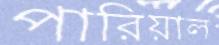
পারিয়াল